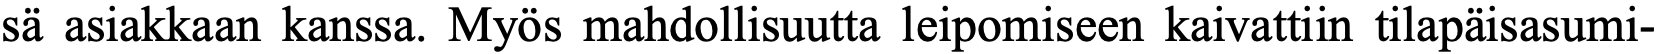
sä asiakkaan kanssa. Myös mahdollisuutta leipomiseen kaivattiin tilapäisasumi-